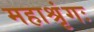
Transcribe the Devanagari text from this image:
महाश्रृंगः